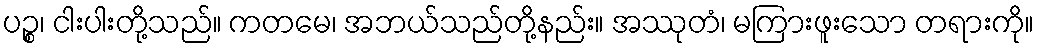
ပဉ္စ၊ ငါးပါးတို့သည်။ ကတမေ၊ အဘယ်သည်တို့နည်း။ အဿုတံ၊ မကြားဖူးသော တရားကို။